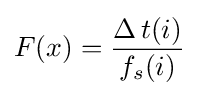
F(x)={\frac {\Delta \,t(i)}{f_{s}(i)}}